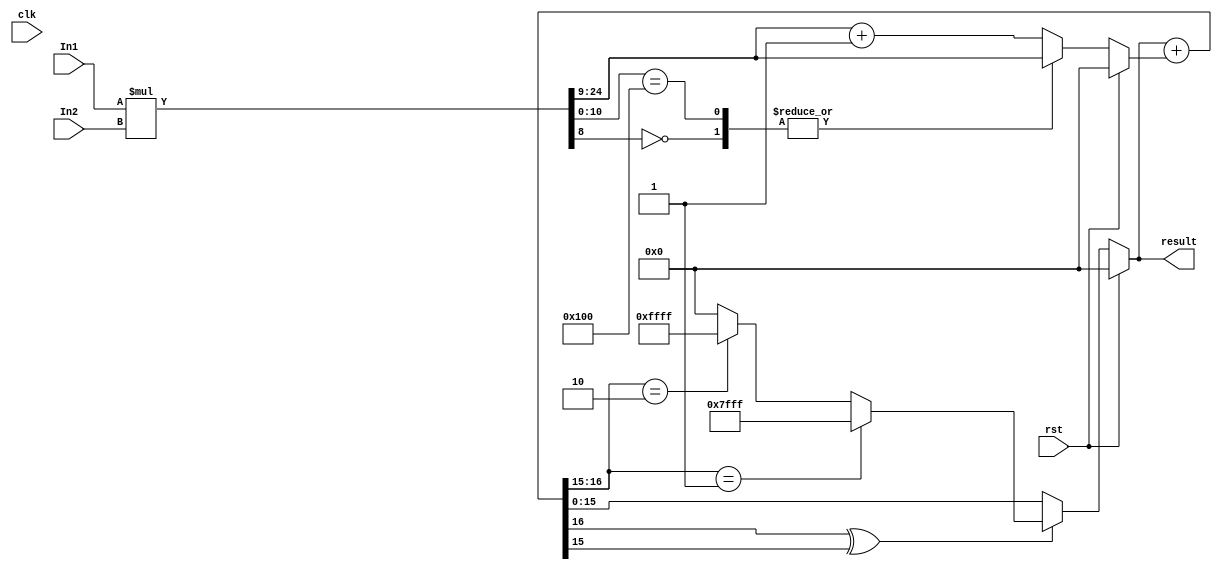
module MAC_unit(input clk,rst, input [15:0] In1,In2, output reg [15:0] result); 
reg signed [15:0] mult; 
initial begin 
	mult <=0; 
	result <=0;
end
always @(In2) begin 
	if(rst) begin 
		result<=0; 
		mult <=0; 
	end 
	else begin 
		mult <= multiplication(In1,In2);
		result <= signed_addition(result,mult); 
	end
end

function [15:0] signed_addition(input [15:0] a,b);
reg overflow; 
reg carry; 
begin 
	{carry,signed_addition} = a +b; 
	overflow = carry ^ signed_addition[15]; 
	if(overflow) begin 
	if({carry,signed_addition[15]}==2'b01) signed_addition= 16'h7FFF;
	else if( {carry,signed_addition[15]}==2'b10) signed_addition = 16'hFFFF;
	else signed_addition = 16'h0000;	
end
end
endfunction 

function [15:0] multiplication(input [15:0] a,b); 
reg [31:0] temp; 
begin 
	temp = a*b;
	casex(temp[10:0])
	11'bxx0xxxxxxxx: multiplication = temp[25:9]; 
	11'b00100000000: multiplication = temp[25:9]; 
	default: multiplication = temp[25:9]+16'h1;
	endcase 
end
endfunction
endmodule